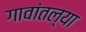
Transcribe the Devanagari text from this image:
गावांतल्या